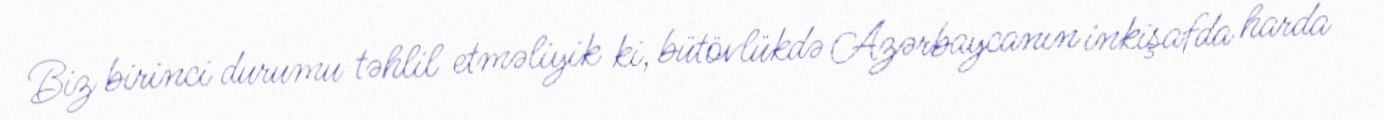
Biz birinci durumu təhlil etməliyik ki, bütövlükdə Azərbaycanın inkişafda harda